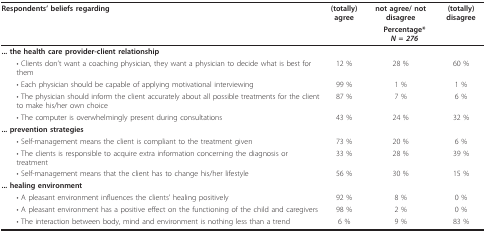
| Respondents' beliefs regarding | (totally) agree | not agree/ not disagree | (totally) disagree |
 |  | <COLSPAN=3> Percentage*N = 276 |
 | --- | --- | --- | --- |
 | ... the health care provider-client relationship |  |  |  |
 | • Clients don't want a coaching physician, they want a physician to decide what is best for them | 12 % | 28 % | 60 % |
 | • Each physician should be capable of applying motivational interviewing | 99 % | 1 % | 1 % |
 | • The physician should inform the client accurately about all possible treatments for the client to make his/her own choice | 87 % | 7 % | 6 % |
 | • The computer is overwhelmingly present during consultations | 43 % | 24 % | 32 % |
 | ... prevention strategies |  |  |  |
 | • Self-management means the client is compliant to the treatment given | 73 % | 20 % | 6 % |
 | • The clients is responsible to acquire extra information concerning the diagnosis or treatment | 33 % | 28 % | 39 % |
 | • Self-management means that the client has to change his/her lifestyle | 56 % | 30 % | 15 % |
 | ... healing environment |  |  |  |
 | • A pleasant environment influences the clients' healing positively | 92 % | 8 % | 0 % |
 | • A pleasant environment has a positive effect on the functioning of the child and caregivers | 98 % | 2 % | 0 % |
 | • The interaction between body, mind and environment is nothing less than a trend | 6 % | 9 % | 83 % |